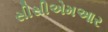
સીસીએમઆર